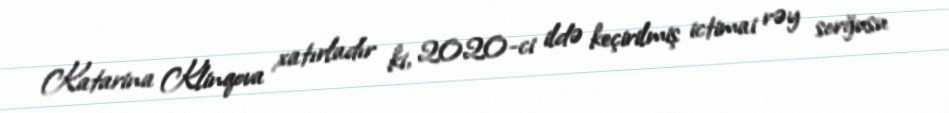
Katarina Klinqova xatırladır ki, 2020-ci ildə keçirilmiş ictimai rəy sorğusu